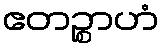
ဧတဉ္စာဟံ